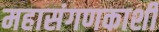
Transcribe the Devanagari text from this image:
महासंगणकाशी